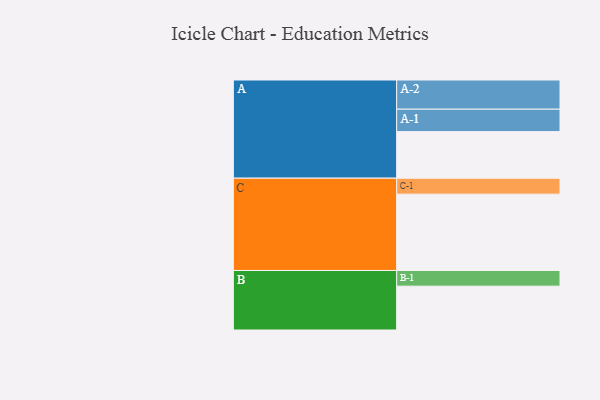
{"axis": {"x": "Segment", "y": "Value"}, "legend": ["", "A", "B", "C"], "data": [{"x": "A", "y": 324, "type": ""}, {"x": "B", "y": 305, "type": ""}, {"x": "C", "y": 531, "type": ""}, {"x": "A-1", "y": 156, "type": "A"}, {"x": "A-2", "y": 203, "type": "A"}, {"x": "B-1", "y": 109, "type": "B"}, {"x": "C-1", "y": 111, "type": "C"}]}